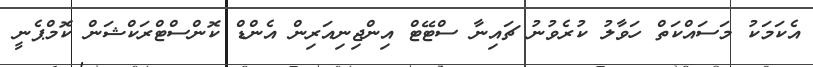
އެކަމަކު މަސައްކަތް ހަވާލު ކުރެވުނު ޗައިނާ ސްޓޭޓް އިންޖިނިއަރިން އެންޑް ކޮންސްޓްރަކްޝަން ކޮމްޕެނީ